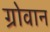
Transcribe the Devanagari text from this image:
ग्रोवान